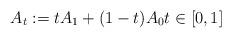
LaTeX: \begin{align*}A_t : = tA_1 + (1-t)A_0 t\in [0,1]\end{align*}